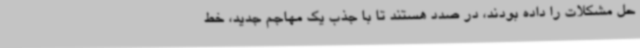
حل مشکلات را داده بودند، در صدد هستند تا با جذب یک مهاجم جدید، خط